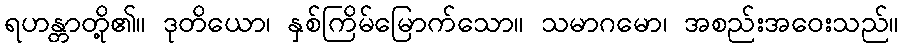
ရဟန္တာတို့၏။ ဒုတိယော၊ နှစ်ကြိမ်မြောက်သော။ သမာဂမော၊ အစည်းအဝေးသည်။